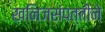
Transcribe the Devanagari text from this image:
खनिजसंपत्तीने